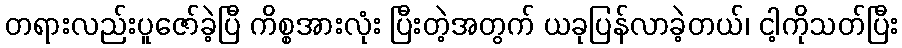
တရားလည်းပူဇော်ခဲ့ပြီ ကိစ္စအားလုံး ပြီးတဲ့အတွက် ယခုပြန်လာခဲ့တယ်၊ ငါ့ကိုသတ်ပြီး